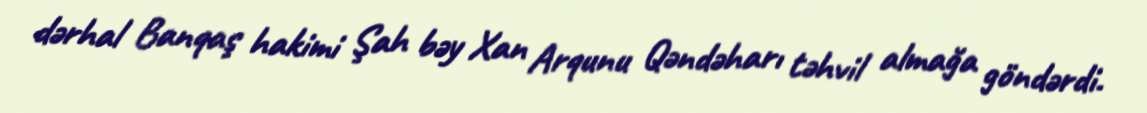
dərhal Banqaş hakimi Şah bəy Xan Arqunu Qəndəharı təhvil almağa göndərdi.